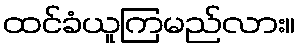
ထင်ခံယူကြမည်လား။